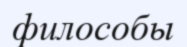
филособы